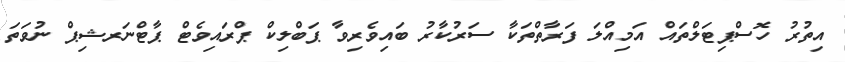
އިތުރު ހޮސްޕިޓަލްތައް އަމިއްލަ ފަރާތްތަކާ ސަރުކާރު ބައިވެރިވާ ޕަބްލިކް ޕްރައިވެޓް ޕާޓްނަރޝިޕް ނުވަތަ